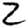
Digit: 2